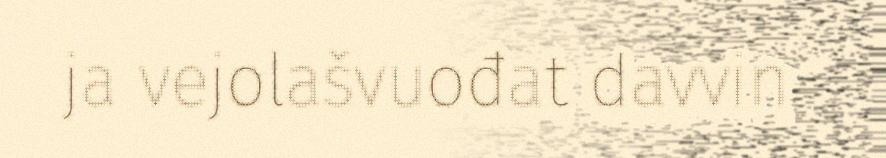
ja vejolašvuođat davvin